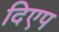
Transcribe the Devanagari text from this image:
दिएप